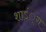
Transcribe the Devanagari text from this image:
शाऽं्ग